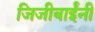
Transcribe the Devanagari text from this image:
जिजीबाईंनी